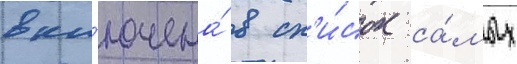
вкл'ючена́ в сп'и́сок са́мых